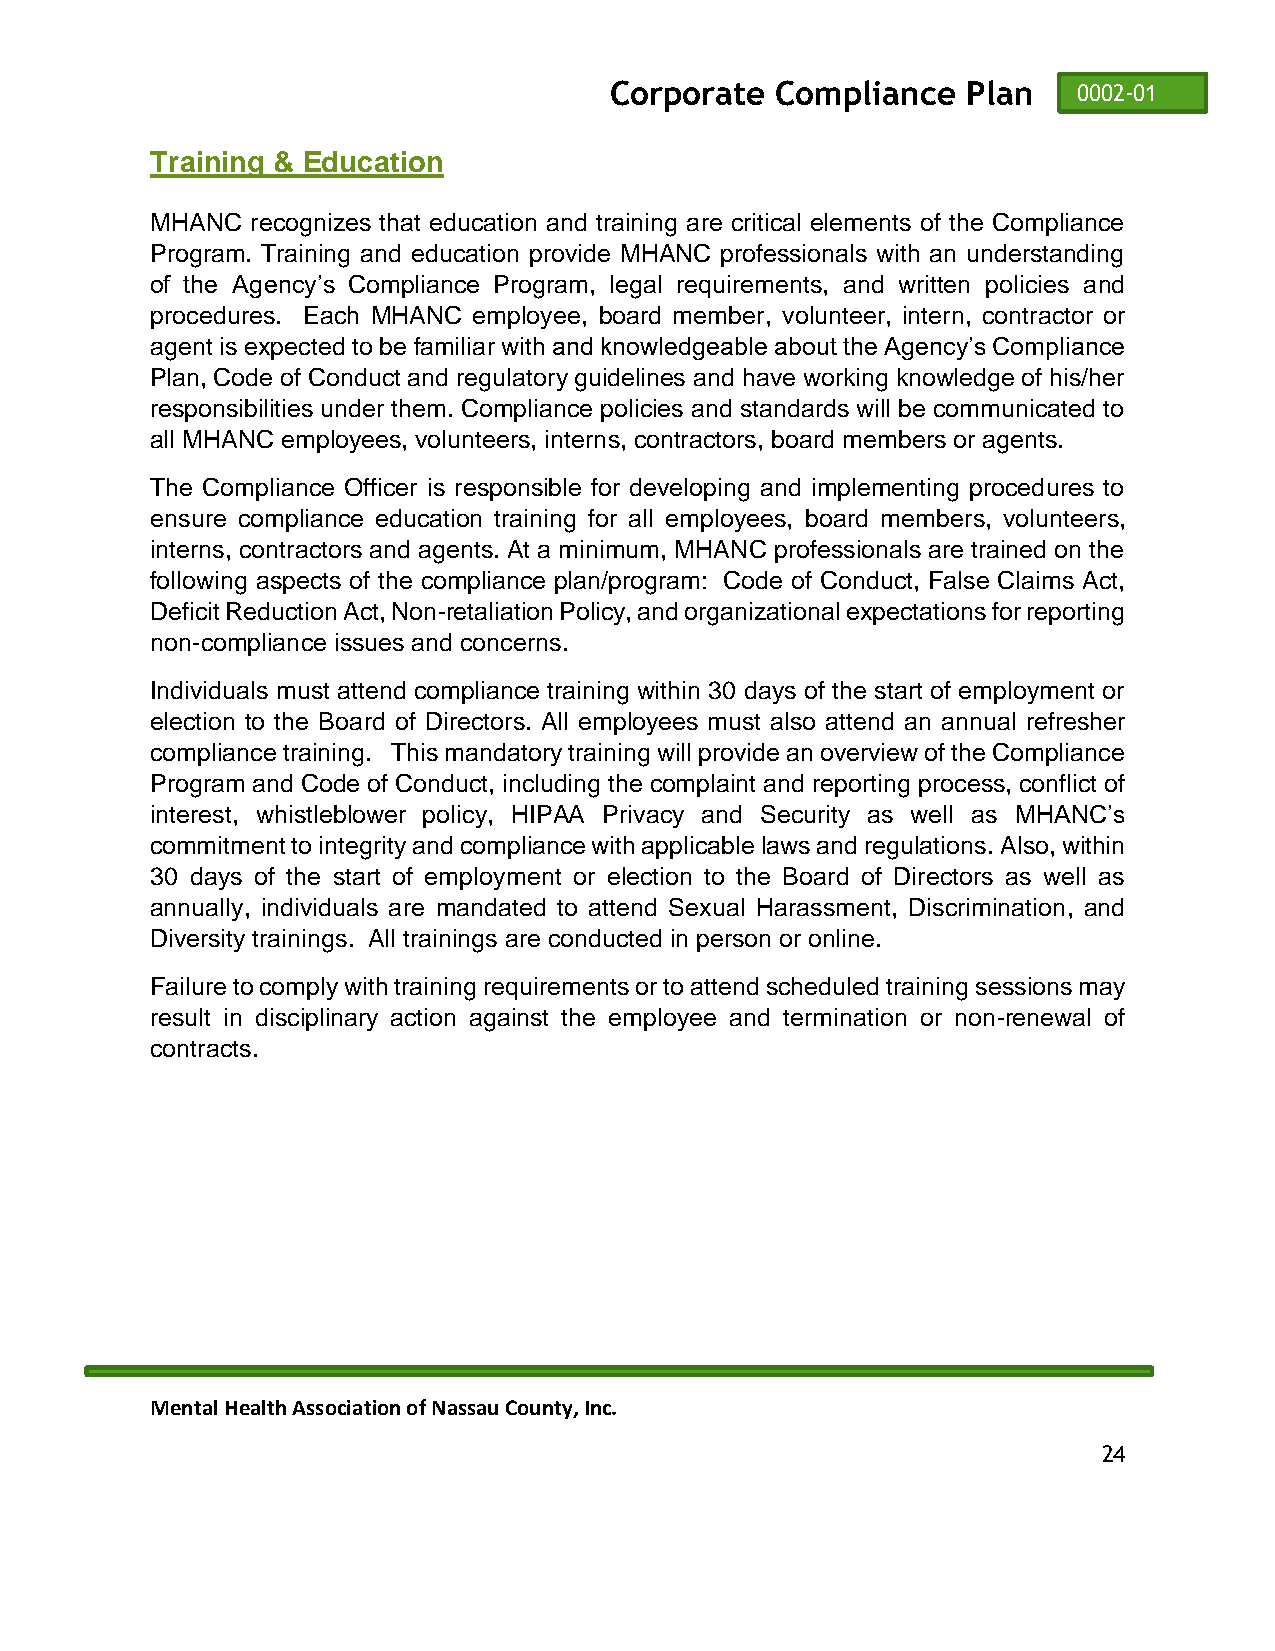
Corporate  Compliance   Plan   0002-01
 Training & Education
 MHANC  recognizes that education and training are critical elements of the Compliance
 Program. Training and education provide MHANC professionals with an understanding
 of the Agency’s Compliance Program, legal requirements, and written policies and
 procedures. Each MHANC employee, board member, volunteer, intern, contractor or
 agent is expected to be familiar with and knowledgeable about the Agency’s Compliance
 Plan, Code of Conduct and regulatory guidelines and have working knowledge of his/her
 responsibilities under them. Compliance policies and standards will be communicated to
 all MHANC employees, volunteers, interns, contractors, board members or agents.
 The Compliance Officer is responsible for developing and implementing procedures to
 ensure compliance education training for all employees, board members, volunteers,
 interns, contractors and agents. At a minimum, MHANC professionals are trained on the
 following aspects of the compliance plan/program: Code of Conduct, False Claims Act,
 Deficit Reduction Act, Non-retaliation Policy, and organizational expectations for reporting
 non-compliance issues and concerns.
 Individuals must attend compliance training within 30 days of the start of employment or
 election to the Board of Directors. All employees must also attend an annual refresher
 compliance training. This mandatory training will provide an overview of the Compliance
 Program and Code of Conduct, including the complaint and reporting process, conflict of
 interest, whistleblower policy, HIPAA Privacy and Security as well as MHANC’s
 commitment to integrity and compliance with applicable laws and regulations. Also, within
 30 days of the start of employment or election to the Board of Directors as well as
 annually, individuals are mandated to attend Sexual Harassment, Discrimination, and
 Diversity trainings. All trainings are conducted in person or online.
 Failure to comply with training requirements or to attend scheduled training sessions may
 result in disciplinary action against the employee and termination or non-renewal of
 contracts.
 Mental Health Association of Nassau County, Inc.
 24